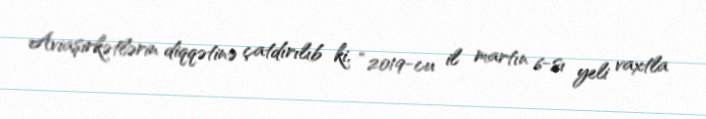
Aviaşirkətlərin diqqətinə çatdırılıb ki, “2019-cu il martın 6-sı yeli vaxtla